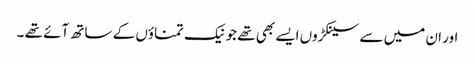
اور ان میں سے سینکڑوں ایسے بھی تھے جو نیک تمناؤں کے ساتھ آئے تھے ۔